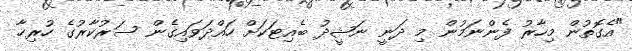
"އެގޮތުން މިހާރު ފެންނަމުން މި ދަނީ ނަޝީދު ބެއިޓަކަށް ހައްދަވައިގެން ސަރުކާރުގެ ހުރިހާ